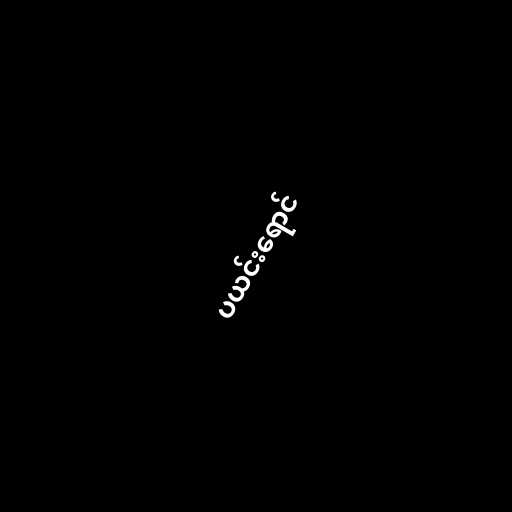
ပယင်းရောင်